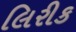
લિરીક